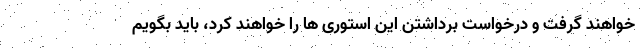
خواهند گرفت و درخواست برداشتن این استوری ها را خواهند کرد، باید بگویم